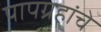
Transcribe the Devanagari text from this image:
पापग्रहांचे